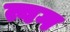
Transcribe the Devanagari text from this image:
त्वग